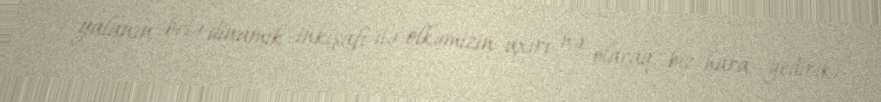
yalanın belə dinamik inkişafı ilə ölkəmizin axırı nə olacaq, biz hara gedirik.